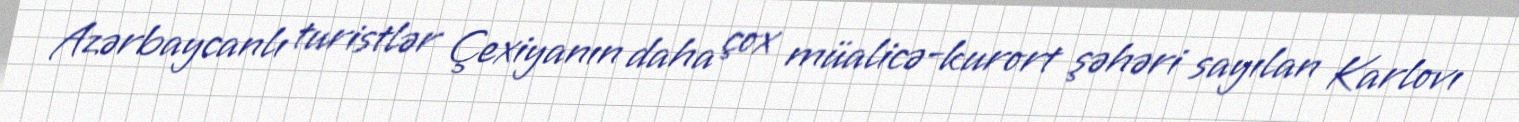
Azərbaycanlı turistlər Çexiyanın daha çox müalicə-kurort şəhəri sayılan Karlovı